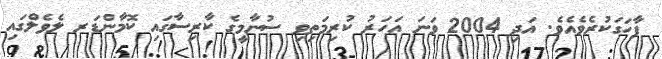
ފާހަގަކުރެވެއެވެ. އަދި 2004 ވަނަ އަހަރު ކުރިމަތިވި ސުނާމީގެ ކާރިސާގައި ކޮމާންޑަރ ލެވެލްގައި